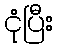
ငုံပြီး